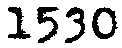
1530